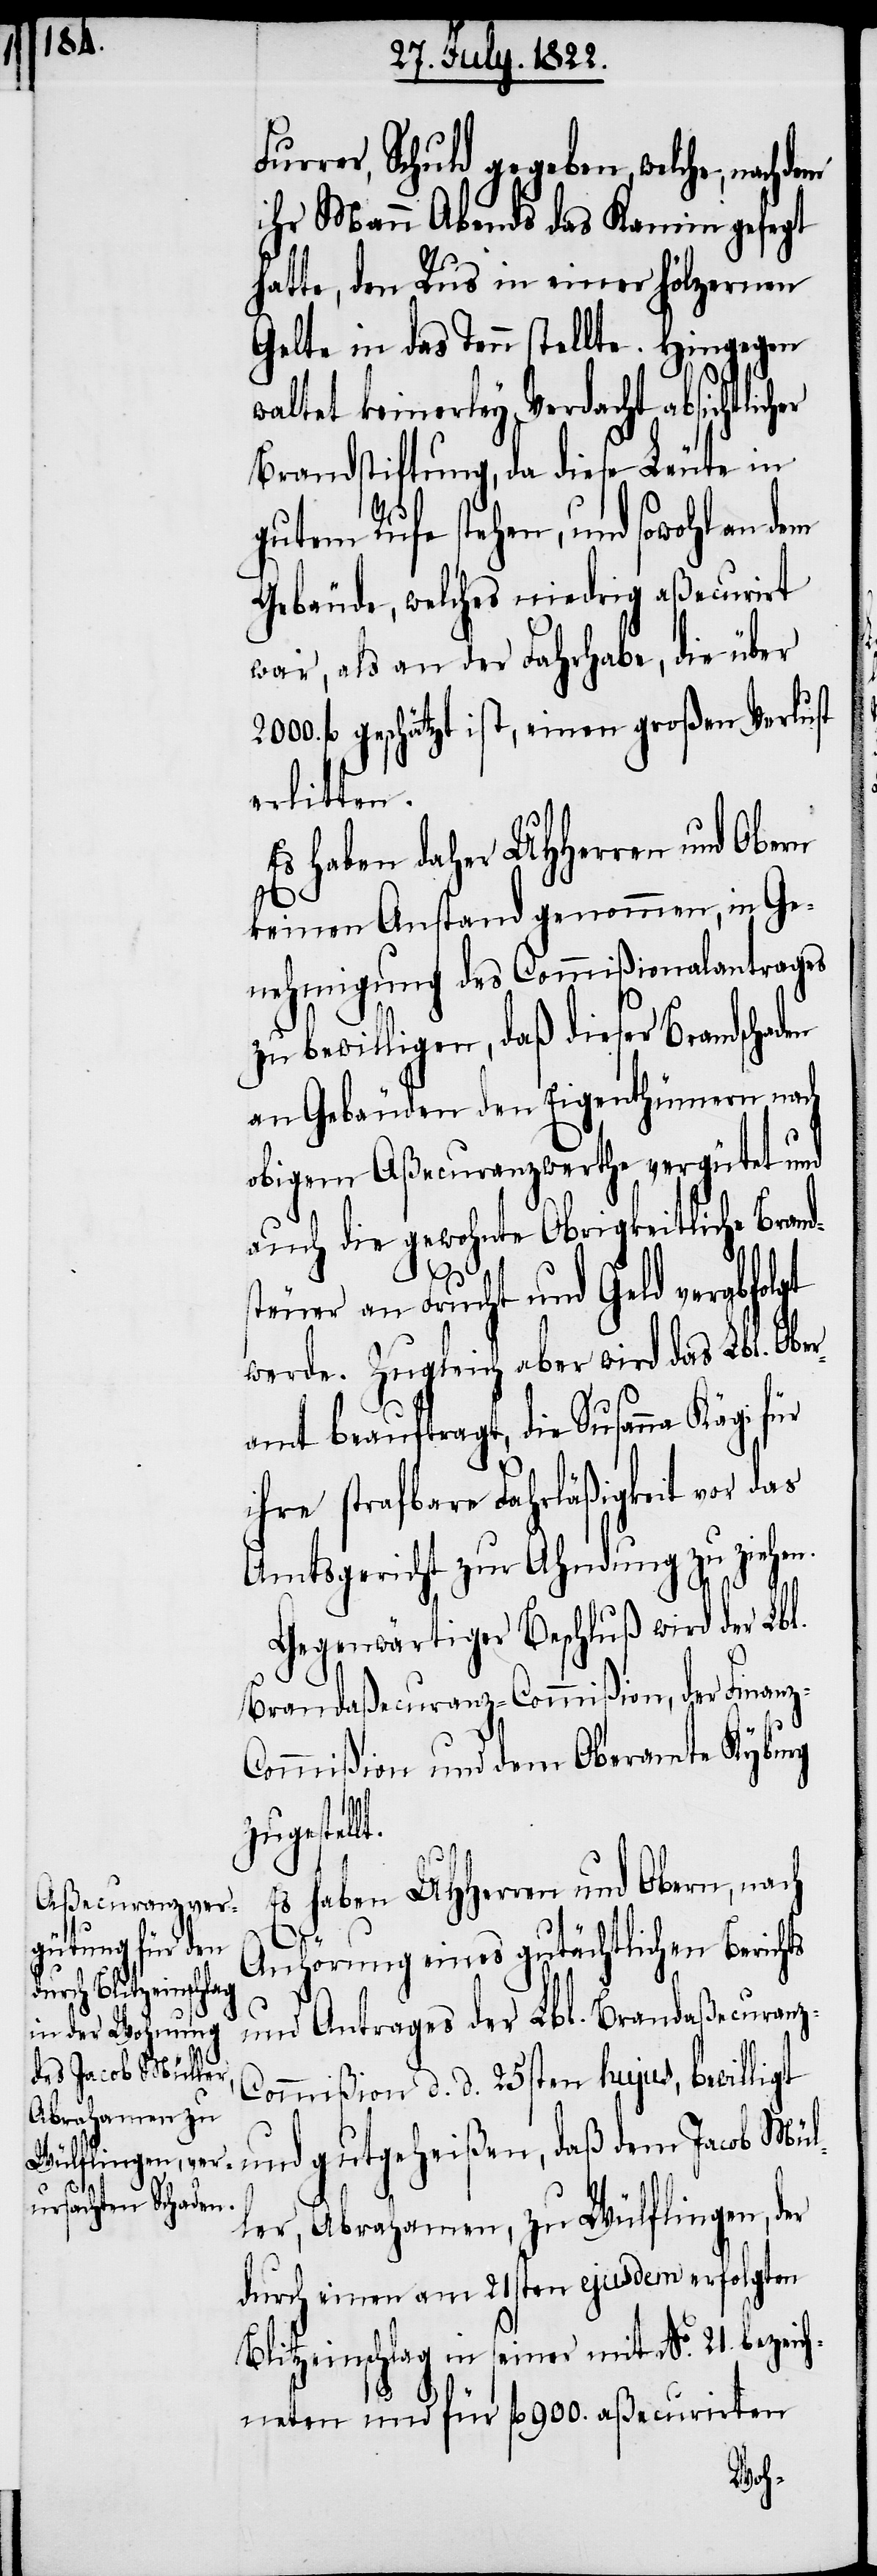
Furrer, Schuld gegeben, welche,
ihr Mann Abends das Kamin gefegt
hatte, den Rus in einer hölzernen
Gelte in das Tann stellte. Hingegen
waltet keinerley Verdacht absichtlic¬
Brandstiftung, da diese Leute in
gutem Rufe stehen, und sowohl an dem
Gebäude, welches niedrig aßecurirt
war, als an der Fahrhabe, die über
fl. geschätzt ist, einen großen Verlust
erlitten.
Es haben daher UHHerren und Obern
keinen Anstand genommen, in Ge¬
nehmigung des Commißionalantrages
zu bewilligen, daß dieser Brandschaden
an Gebäuden den Eigenthümern nach
obigem Aßecuranzwerthe vergütet und
auch die gewohnte Obrigkeitliche Brand¬
t.
steuer an Frucht und Geld verabfolgt
werde. Zugleich aber wird das Lbl. Ober¬
amt beauftragt, die Susanna Kägi für
ihre strafbare Fahrläßigkeit vor das
Amtsgericht zur Ahndung zu ziehen.
Gegenwärtiger Beschluß wird der Lbl.
Brandaßecuranz-Commißion, der Finan¬
ommißion und dem Oberamte Kyburg
zugestell¬
s haben UHHerrn und Obern, nach
z-C¬
Anhörung eines gutächtlichen Berichts
und Antrages der Lbl. Brandaßecuran¬
ommißion d. d. 25sten hujus, bewilligt
und gutgeheißen, daß dem Jacob Mül¬
ler, Abrahamen, zu Wülflingen, der
durch einen am 21sten ejusdem erfolgten
Blitzeinschlag in seiner mit No. 21. bezeic¬
hneten und für fl. 900. aßecurirten